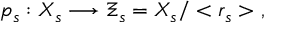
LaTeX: p _ { s } : X _ { s } \longrightarrow \Xi _ { s } = X _ { s } / < r _ { s } > \ ,